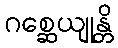
ဂစ္ဆေယျုန္တိ